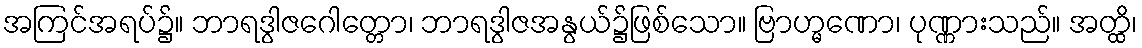
အကြင်အရပ်၌။ ဘာရဒွါဇဂေါတ္တော၊ ဘာရဒွါဇအနွယ်၌ဖြစ်သော။ ဗြာဟ္မဏော၊ ပုဏ္ဏားသည်။ အတ္ထိ၊